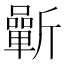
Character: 𣃓